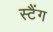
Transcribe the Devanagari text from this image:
स्टैंग